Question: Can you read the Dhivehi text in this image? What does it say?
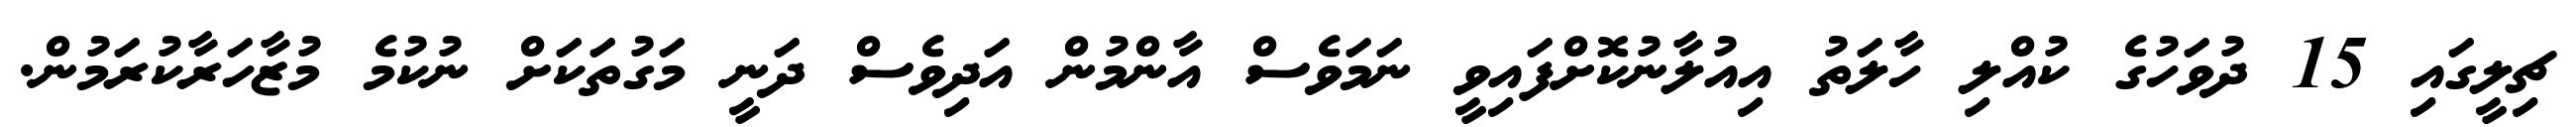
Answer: ޗިލީގައި 15 ދުވަހުގެ ކުއްލި ހާލަތު އިއުލާނުކޮށްފައިވީ ނަމަވެސް އާންމުން އަދިވެސް ދަނީ މަގުތަކަށް ނުކުމެ މުޒާހަރާކުރަމުން.